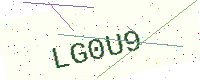
Text: LG0U9